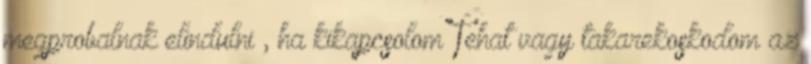
megprobalnak elindulni , ha kikapcsolom Tehat vagy takarekoskodom az